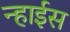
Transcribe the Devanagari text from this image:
न्हाईस